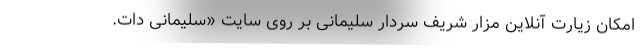
امکان زیارت آنلاین مزار شریف سردار سلیمانی بر روی سایت «سلیمانی دات.